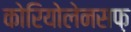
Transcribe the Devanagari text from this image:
कोरियोलेनसफ़